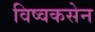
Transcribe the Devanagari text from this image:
विष्वकसेन